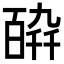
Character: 𤾋